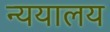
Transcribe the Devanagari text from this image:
न्ययालय